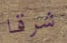
شرقا